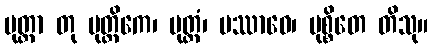
မုတ္တာ တု မုတ္တိကေ၊ မုတ္တံ၊ ပဿာဝေ၊ မုစ္စိတေ တိသု။